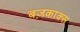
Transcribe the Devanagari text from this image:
बज़काक्स